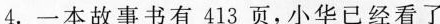
4.一本故事书有413页，小华已经看了